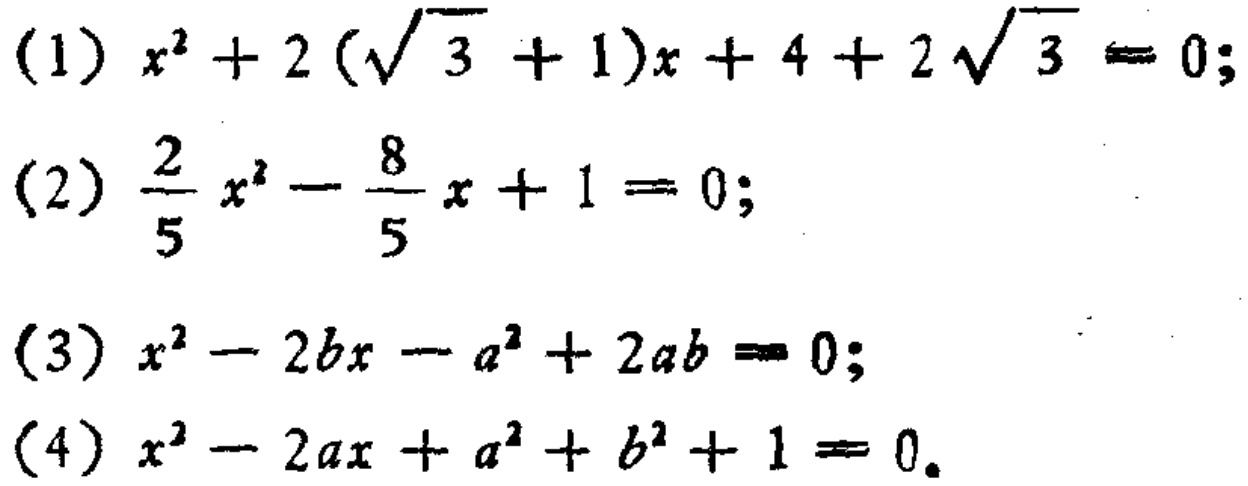
(1) \(x^{2}+2(\sqrt{3} + 1)x + 4 + 2\sqrt{3}=0\);
(2) \(\frac{2}{5}x^{2}-\frac{8}{5}x + 1 = 0\);
(3) \(x^{2}-2bx - a^{2}+2ab = 0\);
(4) \(x^{2}-2ax + a^{2}+b^{2}+1 = 0\)